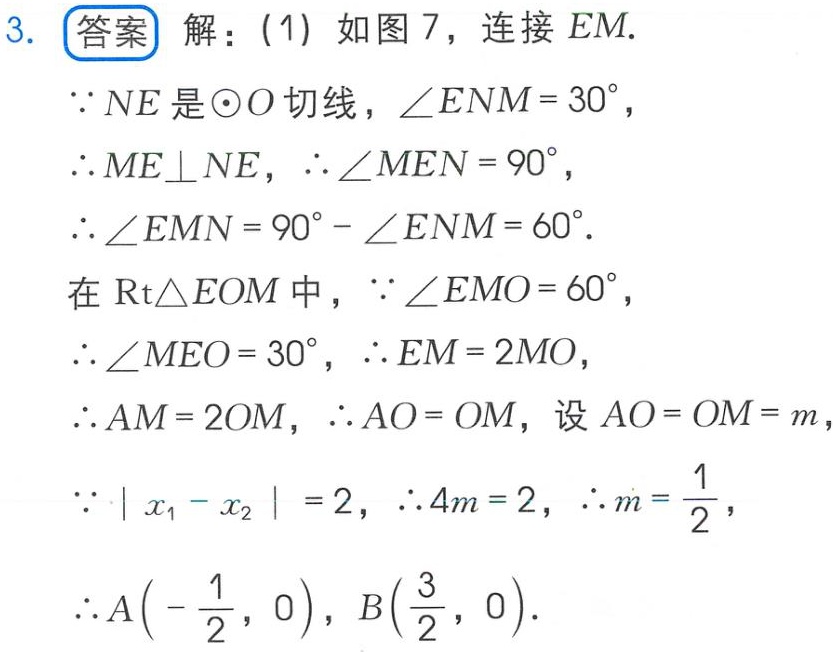
3. 答案 解：(1) 如图 7，连接 \(EM\).
\(\because NE\) 是 \(\odot O\) 切线，\(\angle ENM = 30^{\circ}\)，
\(\therefore ME\perp NE\)，\(\therefore \angle MEN = 90^{\circ}\)，
\(\therefore \angle EMN = 90^{\circ}-\angle ENM = 60^{\circ}\).
在 \(\text{Rt}\triangle EOM\) 中，\(\because \angle EMO = 60^{\circ}\)，
\(\therefore \angle MEO = 30^{\circ}\)，\(\therefore EM = 2MO\)，
\(\therefore AM = 2OM\)，\(\therefore AO = OM\)，设 \(AO = OM = m\)，
\(\because|x_1 - x_2| = 2\)，\(\therefore 4m = 2\)，\(\therefore m=\frac{1}{2}\)，
\(\therefore A\left(-\frac{1}{2},0\right)\)，\(B\left(\frac{3}{2},0\right)\).